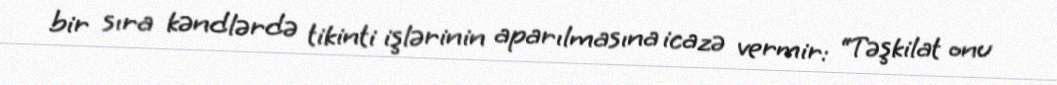
bir sıra kəndlərdə tikinti işlərinin aparılmasına icazə vermir: “Təşkilat onu